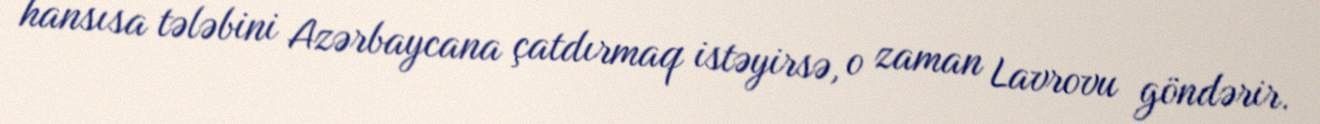
hansısa tələbini Azərbaycana çatdırmaq istəyirsə, o zaman Lavrovu göndərir.